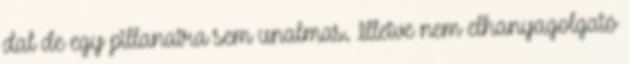
dal de egy pillanatra sem unalmas. Illetve nem elhanyagolgató